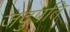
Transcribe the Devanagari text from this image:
जदुपति